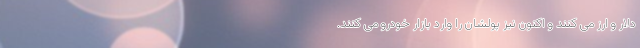
دلار و ارز می کنند و اکنون نیز پولشان را وارد بازار خودرو می کنند.